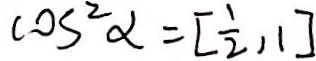
( 0 5 ^ { 2 } x = [ \frac { 1 } { 2 } , 1 ]